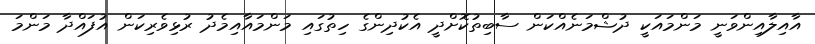
އާއިލާއިންވަނީ މަންމައަކީ ދުޝްމަނެއްކަން ސާބިތުކޮށްދީ އެކުދިންގެ ހިތުގައި މަންމައާއިމެދު ރުޅިވެރިކަން އުފައްދާ މަންމަ